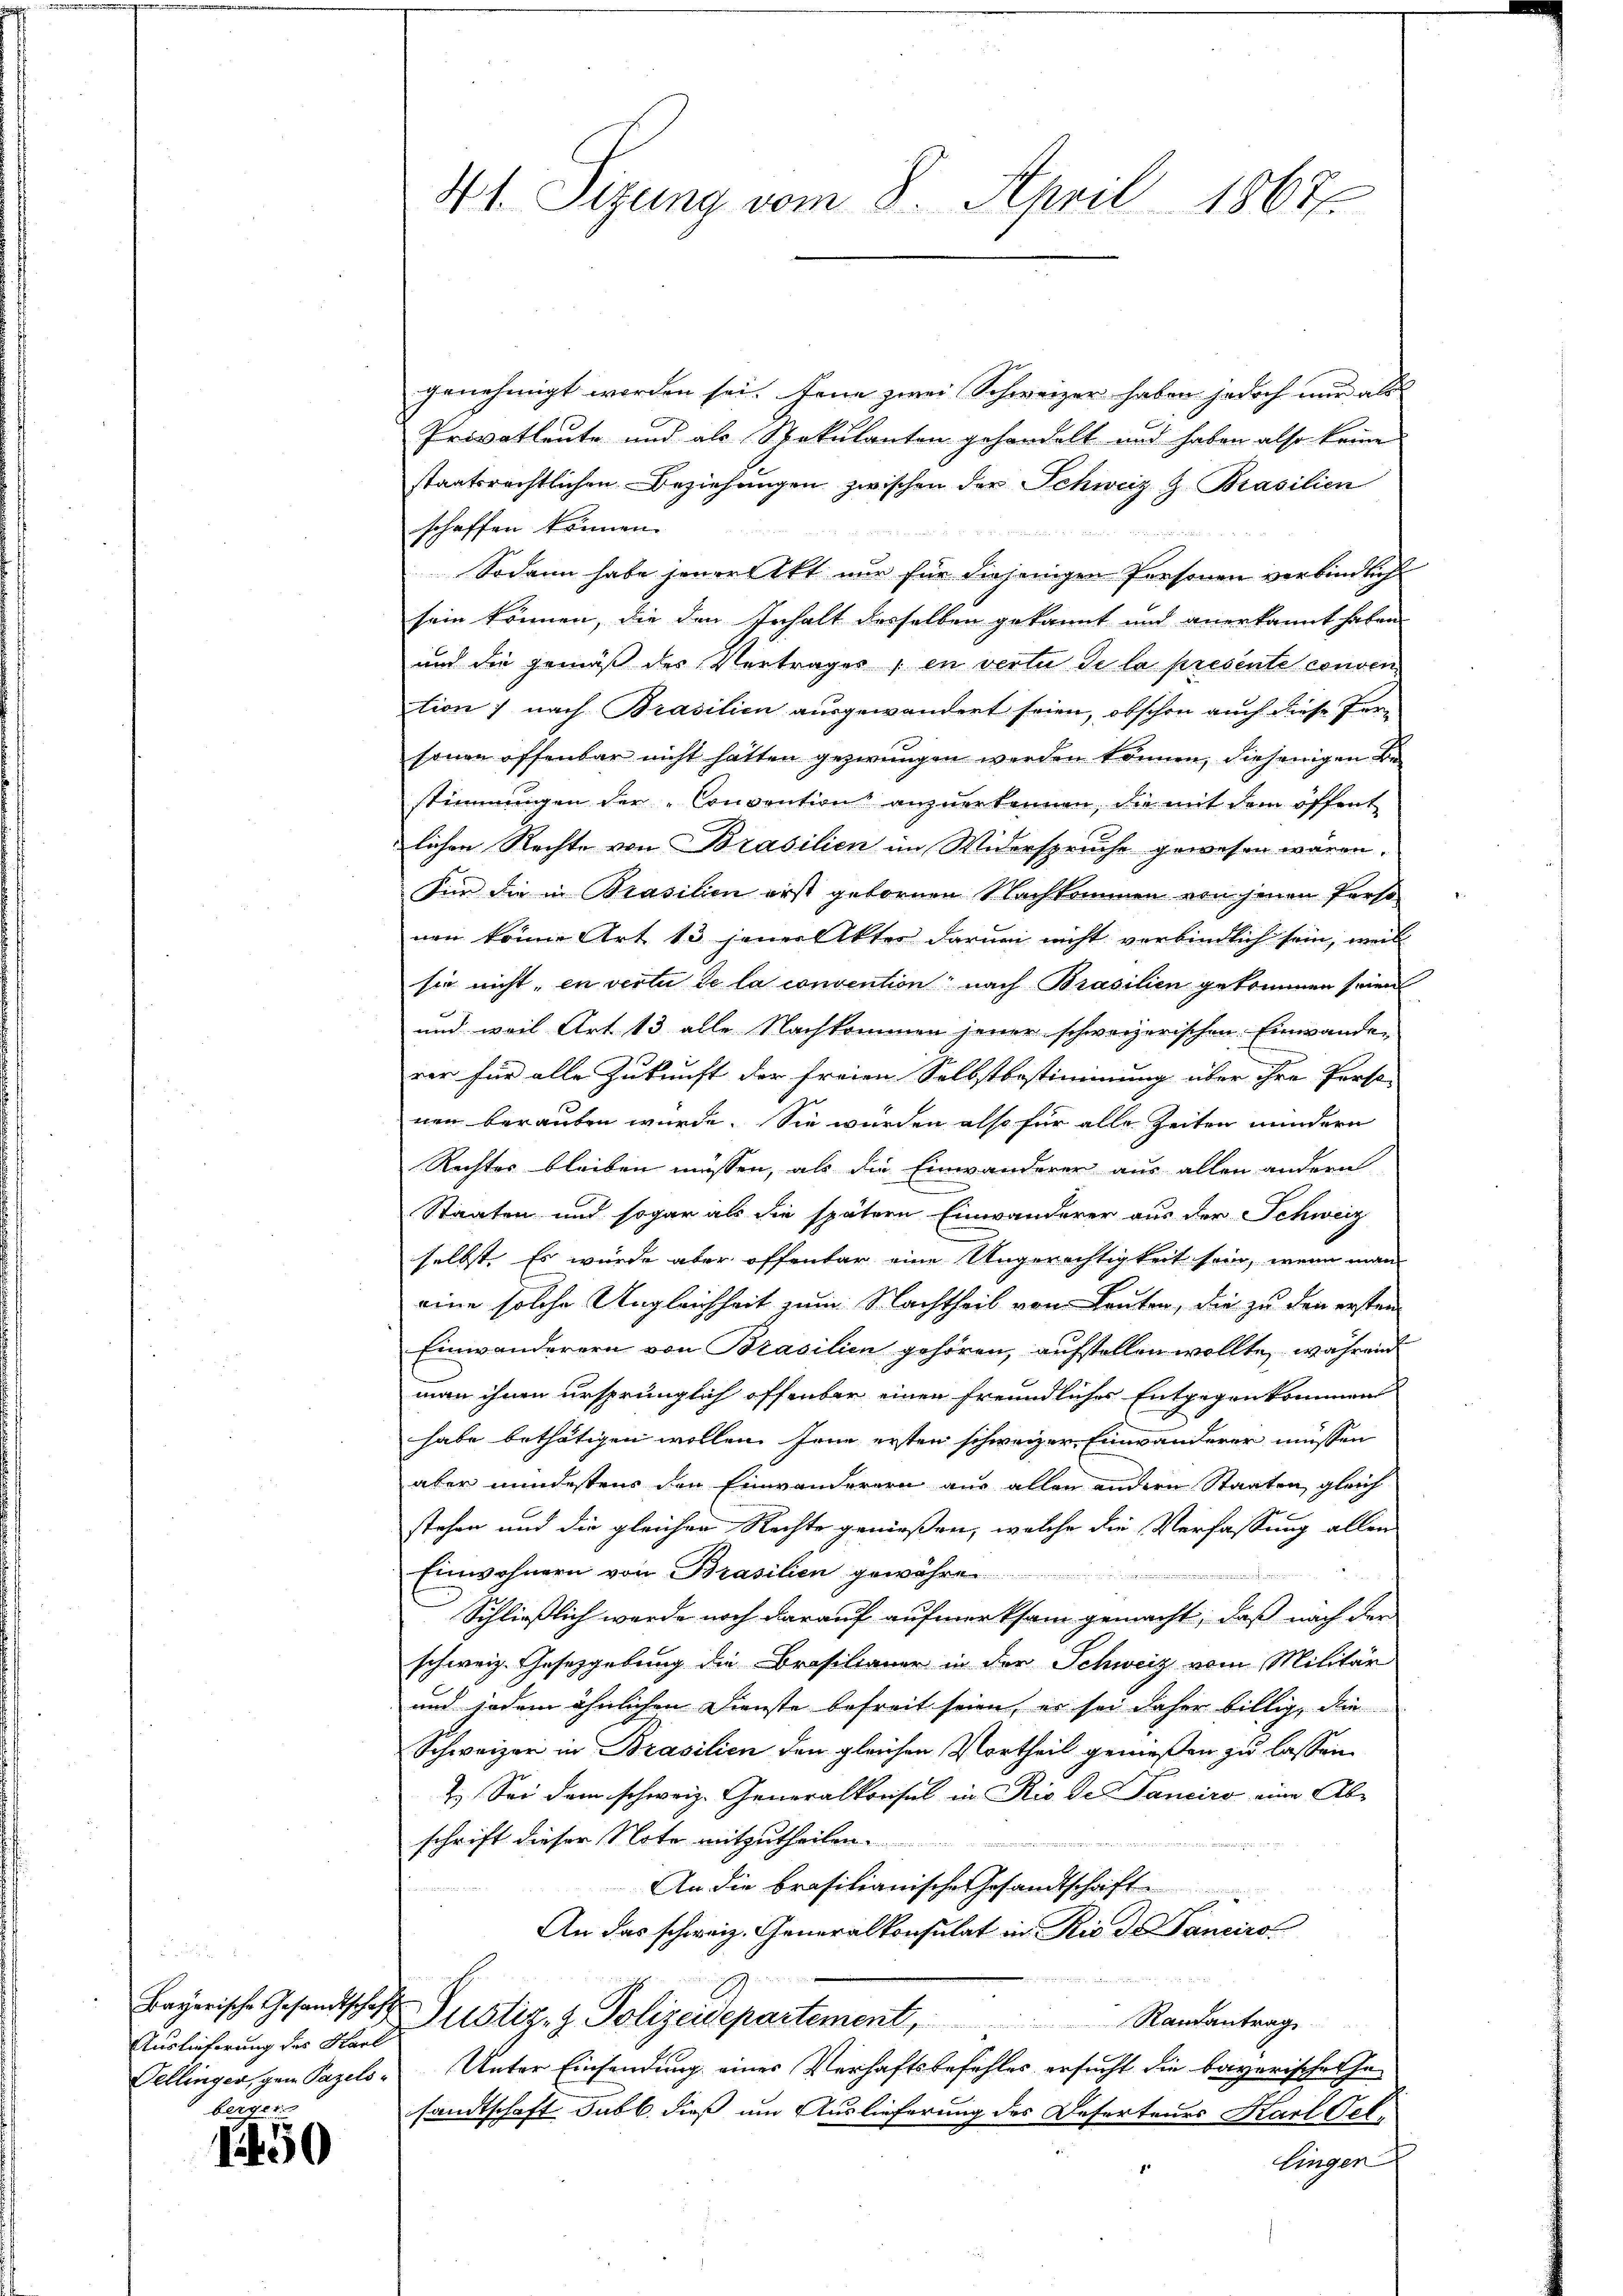
Auslieferung des Karl
Tellinger, gen Pazelsberger

1450

genehmigt worden sei. Jene zwei Schweizer haben jedoch nur als |
Privatleute und als Spekulanten gehandelt und haben also keine
staatsrechtlichen Beziehungen zwischen der Schweiz & Brasilien
schaffen können.
Sodann habe jener Akt nur für diejenigen Personen verbindlich
sein können, die den Inhalt desselben gekannt und anerkannt haben
und die gemäß des Vertrages ; en vertu de la presente conven
tion ; nach Brasilien ausgewandert seien, obschon auch diese Fer-
sonen offenbar nicht hätten gezwungen werden können, diejenigen Bestimmungen der „Convention anzuerkennen, die mit dem öffent
lichen Rechte von Brasilien im Widerspruche gewesen wären.
Für die in Prasilien erst gebornen Nachkommen von jenen Perso
nen könne Art 13 jener Akter darum nicht verbindlich sein, weil
sie nicht, in vertu de la convention nach Brasilien gekommen seien
und weil Art. 13 alle Nachkommen jener schweizerischen Einwanden
rer für alle Zukunft der freien Selbstbestimmung über ihre Person
nen berauben wurde. Sie wurden also für alle Zeiten mindern
Rechtes bleiben müssen, als die Einwanderer aus allen andern
Staaten und sogar als die spätere Einwanderer aus der Schweiz
selbst. Es wurde aber offenbar eine Ungerechtigkeit sein, wenn man
eine solche Ungleichheit zum Nachtheil von Leuten, die zu den ersten
Einwanderern von Brasilien gehören, aufstellen wollte, wahr ein
man ihnen ursprünglich offenbar einen freundliches Entgegenkommen
habe bethätigen wollen. Jene ersten schweizer Einwanderer müssen
aber mindestens den Einwanderern aus allen andern Staaten, gleich
stehen und die gleichen Rechte genießen, welche die Verfassung allen
Einwohnern von Brasilien gewähren
Schließlich werde noch darauf aufmerksam gemacht, daß nach der
schweiz. Gesetzgebung die Brasilianer in der Schweiz vom Militär
und jedem ähnlichen Dienste befreit seien, es sei daher billig, die
Schweizer in Brasilien den gleichen Vortheil genießen zu lassen
2. Sei dem schweiz. Generalkonsul in Rio der Panciro eine Ab-
schrift dieser Note mitzutheilen.
den Einzigen
An die brasilianische Gesandtschrift

An das schweiz. Generalkonsulat in Rio des Sanciro

Bayerische Gesandtschaften Justiz- & Polizeidepartement, Randantrage
Unter Einsendung einer Verhaftsbefehles ersucht die bayerische Gesandtschaft Subl., dieß um Auslieferung des Deserteurs Karl Oellingen
f

41. Sizung vom 8. April 1867.